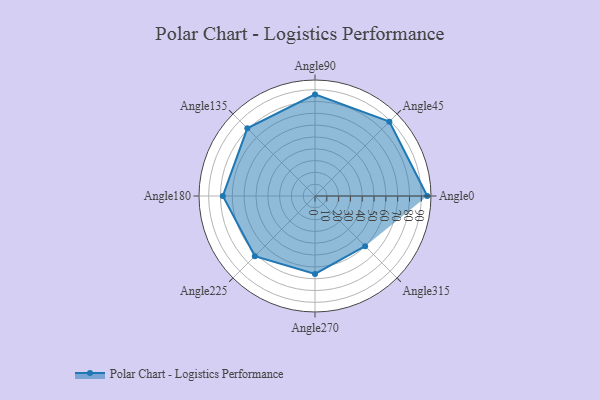
{"axis": {"x": "Angle", "y": "Radius"}, "legend": [""], "data": [{"x": "Angle0", "y": 95.0, "type": ""}, {"x": "Angle45", "y": 89.0, "type": ""}, {"x": "Angle90", "y": 86.0, "type": ""}, {"x": "Angle135", "y": 81.0, "type": ""}, {"x": "Angle180", "y": 78.0, "type": ""}, {"x": "Angle225", "y": 72.0, "type": ""}, {"x": "Angle270", "y": 66.0, "type": ""}, {"x": "Angle315", "y": 60.0, "type": ""}]}